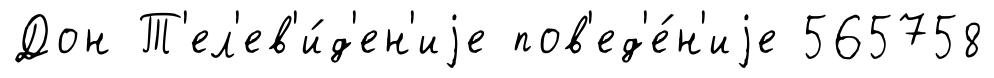
Дон Т'ел'ев'и́д'ен'иjе пов'ед'е́н'иjе 565758